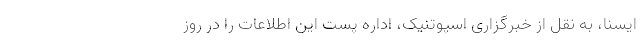
ایسنا، به نقل از خبرگزاری اسپوتنیک، اداره پست این اطلاعات را در روز